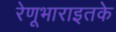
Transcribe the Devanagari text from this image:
रेणूभाराइतके